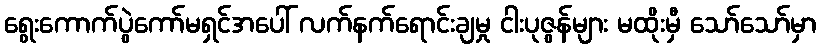
ရွေးကောက်ပွဲကော်မရှင်အပေါ် လက်နက်ရောင်းချမှု ငါးပုဇွန်များ မထိုးမှီ သော်သော်မှာ